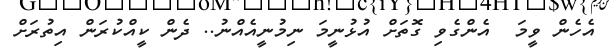
އެހެން ވީމަ  އެންގެވި ގޮތަށް އުޅުނީމަ ނިމުނީއެއްނު.. ދެން ކީއްކުރަން އިތުރަށް